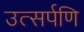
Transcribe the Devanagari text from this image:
उत्सर्पणि